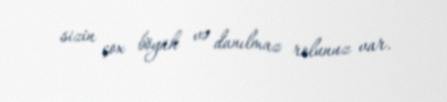
sizin çox böyük və danılmaz rolunuz var.